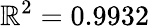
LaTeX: \mathbb{R}^{2}=0.9932